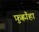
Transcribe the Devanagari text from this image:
फ़ुह्लाँहा